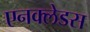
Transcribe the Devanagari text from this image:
एनक्लेडस